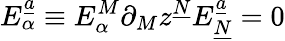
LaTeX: E_{\alpha}^{\underline{{{a}}}}\equiv E_{\alpha}^{M}\partial_{M}z^{\underline{{{N}}}}E_{\underline{{{N}}}}^{\underline{{{a}}}}=0